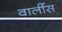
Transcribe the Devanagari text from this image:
वार्लीस